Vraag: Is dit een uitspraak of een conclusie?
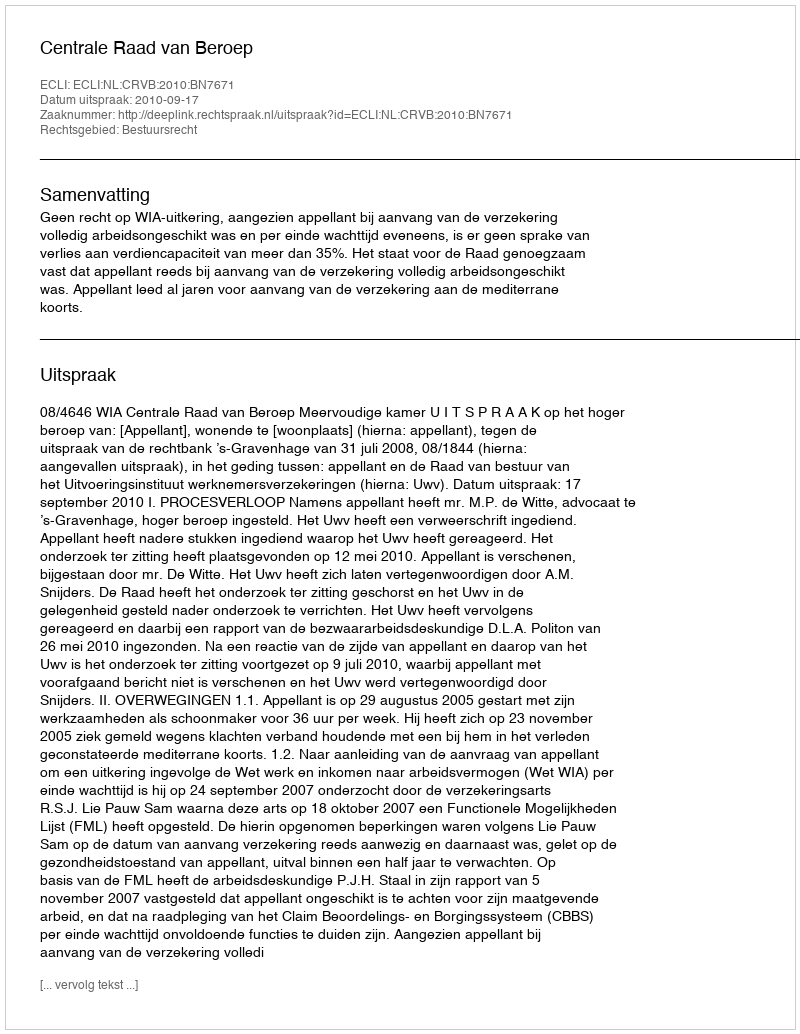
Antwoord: Uitspraak